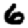
Digit: 6